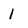
Character: 1